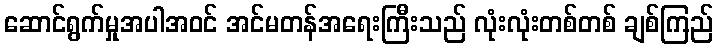
ဆောင်ရွက်မှုအပါအဝင် အင်မတန်အရေးကြီးသည် လုံးလုံးတစ်တစ် ချစ်ကြည်